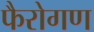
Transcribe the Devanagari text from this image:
फैरोगण